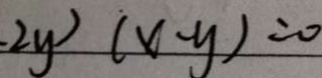
- 2 y ) ( x - y ) = 0